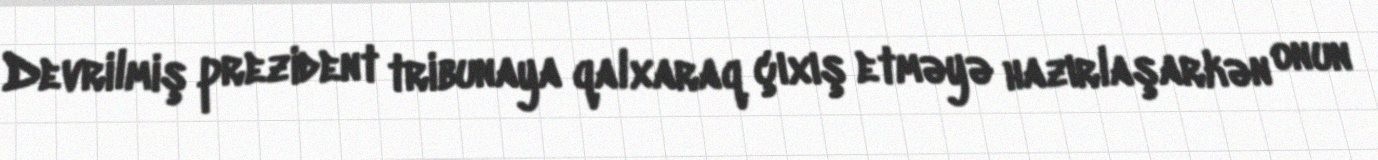
Devrilmiş prezident tribunaya qalxaraq çıxış etməyə hazırlaşarkən onun